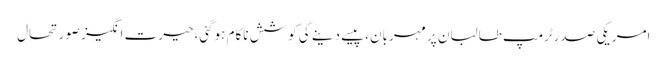
امریکی صدرٹرمپ طالبان پر مہربان،پیسے دینے کی کوشش ناکام ہوگئی،حیرت انگیز صورتحال